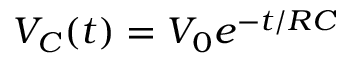
V _ { C } ( t ) = V _ { 0 } e ^ { - t / R C }